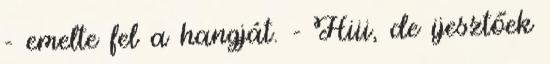
- emelte fel a hangját. - Hiii, de ijesztőek